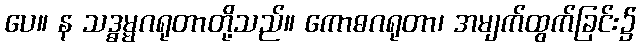
ပေ။ န သဒ္ဓမ္မဂရုတာတို့သည်။ ကောဓဂရုတာ၊ အမျက်ထွက်ခြင်း၌